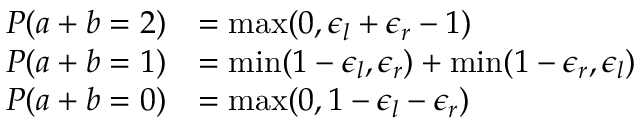
\begin{array} { r l } { P ( a + b = 2 ) } & { = \operatorname* { m a x } ( 0 , \epsilon _ { l } + \epsilon _ { r } - 1 ) } \\ { P ( a + b = 1 ) } & { = \operatorname* { m i n } ( 1 - \epsilon _ { l } , \epsilon _ { r } ) + \operatorname* { m i n } ( 1 - \epsilon _ { r } , \epsilon _ { l } ) } \\ { P ( a + b = 0 ) } & { = \operatorname* { m a x } ( 0 , 1 - \epsilon _ { l } - \epsilon _ { r } ) } \end{array}